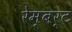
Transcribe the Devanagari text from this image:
रेम्बर्ट